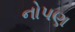
નોપણ